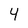
Character: 4